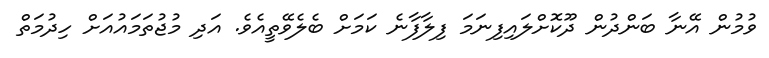
ވުމުން އޭނާ ބަންދުން ދޫކޮށްލައިފިނަމަ ފިލާފާނެ ކަމަށް ބެލެވޭތީއެވެ. އަދި މުޖުތަމައުއަށް ހިދުމަތް